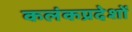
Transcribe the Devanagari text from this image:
कलंकप्रदेशों